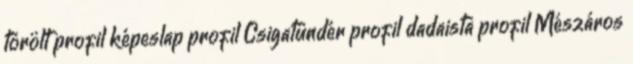
törölt profil képeslap profil Csigatündér profil dadaista profil Mészáros